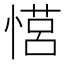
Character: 𪬠